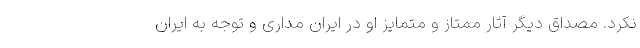
نکرد. مصداق دیگر آثار ممتاز و متمایز او در ایران مداری و توجه به ایران